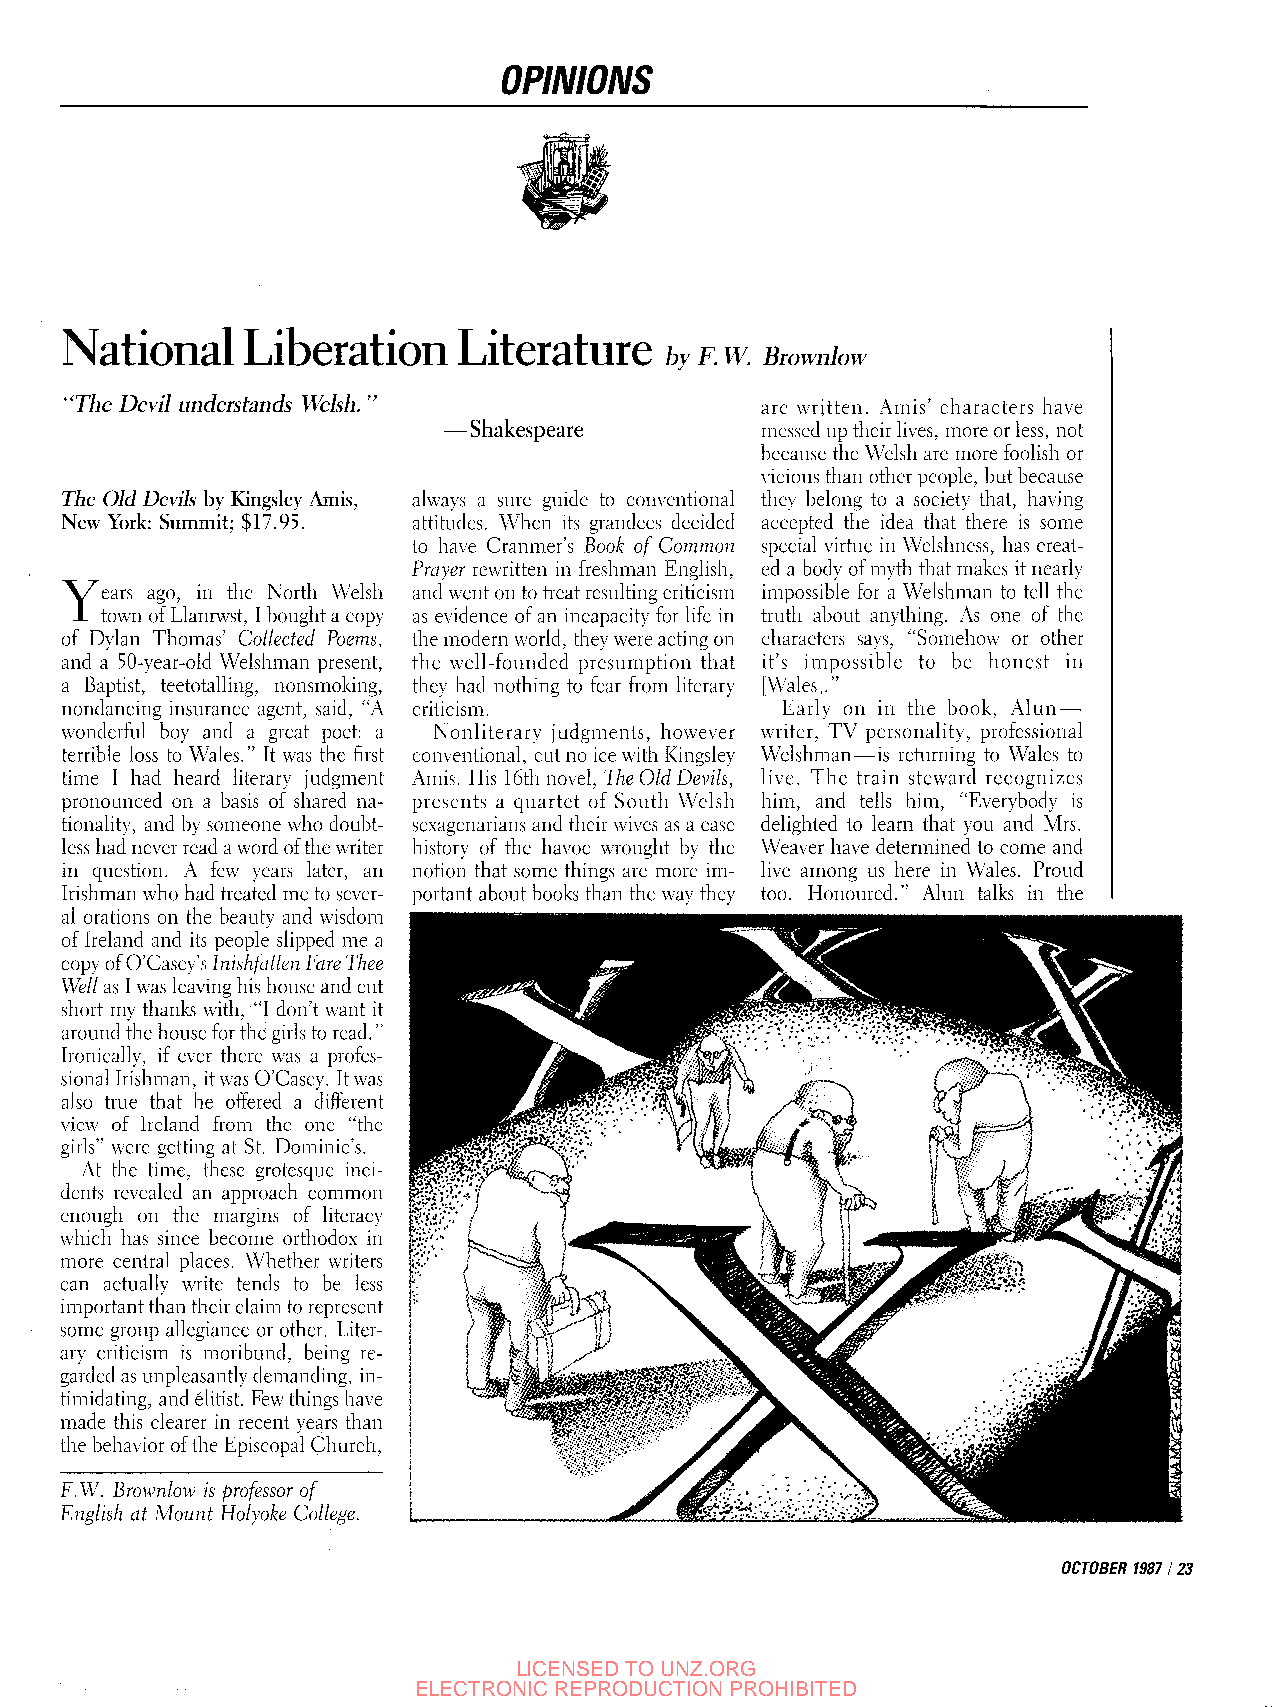
OPINIONS
 National    Liberation    Literature
 by F. W. Brownlow
 "The Devil understands Welsh. "               are written. Amis' characters have
 —Shakespeare         messed up their lives, more or less, not
 because the Welsh are more foolish or
 \'icious than other people, but because
 The Old Devils by Kingsley Amis, always a sure guide to conventional they belong to a society that, having
 New York: Summit; $17.95. attitudes. When its grandees decided accepted the idea that there is some
 to have Cranmer's Book of Common special virtue in Welshness, has creat
 Prayer rewritten in freshman English, ed a body of myth that makes it nearly
 Y
 ears ago, in the North Welsh and went on to treat resulting criticism impossible for a Welshman to tell the
 town of Llanrwst, I bought a copy as evidence of an incapacity for life in truth about anything. As one of the
 of Dylan Thomas' Collected Poems, the modern world, they were acting on characters says, "Somehow or other
 and a 50-year-olcl Welshman present, the well-founded presumption that it's impossible to be honest in
 a Baptist, teetotalling, nonsmoking, they had nothing to fear from literary [Wales]."
 nondancing insurance agent, said, "A criticism. Early on in the book, Alun —
 wonderful boy and a great poet: a Nonliterary judgments, however writer, TV personality, professional
 terrible loss to Wales." It was the first conventional, cut no ice with Kingsley Welshman—is returning to Wales to
 time I had heard literary judgment Amis. His 16th novel. The Old Devils, live. The train steward recognizes
 pronounced on a basis of shared na presents a quartet of South Welsh him, and tells him, "Everybody is
 tionality, and by someone who doubt sexagenarians and their wives as a case delighted to learn that you and Mrs.
 less had never read a word of the writer history of the havoc wrought by the Weaver have determined to come and
 in question. A few years later, an notion that some things are more im live among us here in Wales. Proud
 Irishman who had treated me to sever portant about books than the way they too. Honoured." Alun talks in the
 al orations on the beauty and wisdom
 of Ireland and its people slipped me a
 copy of O'Casey's Inishfalien Fare Thee
 Well as I was leaving his house and cut
 short my thanks with, "I don't want it
 around the house for the girls to read."
 Ironically, if ever there was a profes
 sional Irishman, it was O'Casey. It was
 also true that he offered a different
 view of Ireland from the one "the
 girls" were getting at St. Dominic's.
 At the time, these grotesque inci
 dents revealed an approach common
 enough on the margins of literac}'
 which has since become orthodox in
 more central places. Whether writers
 can actually write tends to be less
 important than their claim to represent
 some group allegiance or other. Liter
 ary criticism is moribund, being re
 garded as unpleasantiy demanding, in
 timidating, and elitist. Few things have
 made this clearer in recent years than
 the behavior of the Episcopal Church,
 F.W. Brownlow is professor of
 English at Mount Holyoke College.
 OCTOBER 1987 123
 LICENSED TO UNZ.ORG
 ELECTRONIC REPRODUCTION PROHIBITED